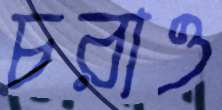
চরাও